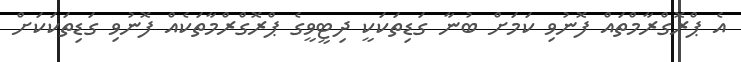
އެ ޕްރޮގްރާމްތައް ފޮނުވި ކަމަށް ބުނާ ގަޑިތަކަކީ ދިޓީވީގެ ޕްރޮގްރްމާތަކެއް ފޮނުވި ގަޑިތަކަކަށް